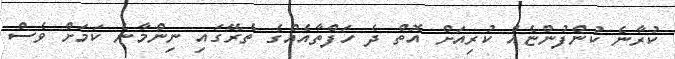
ކުރާނެ ކުންފުންޏެއް ކުރިއަށް އޮތް ދެ ހަފްތާއެއްގެ ތެރޭގައި ނިންމާނެ ކަމަށް ވެސް